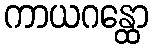
ကာယဂန္ထော